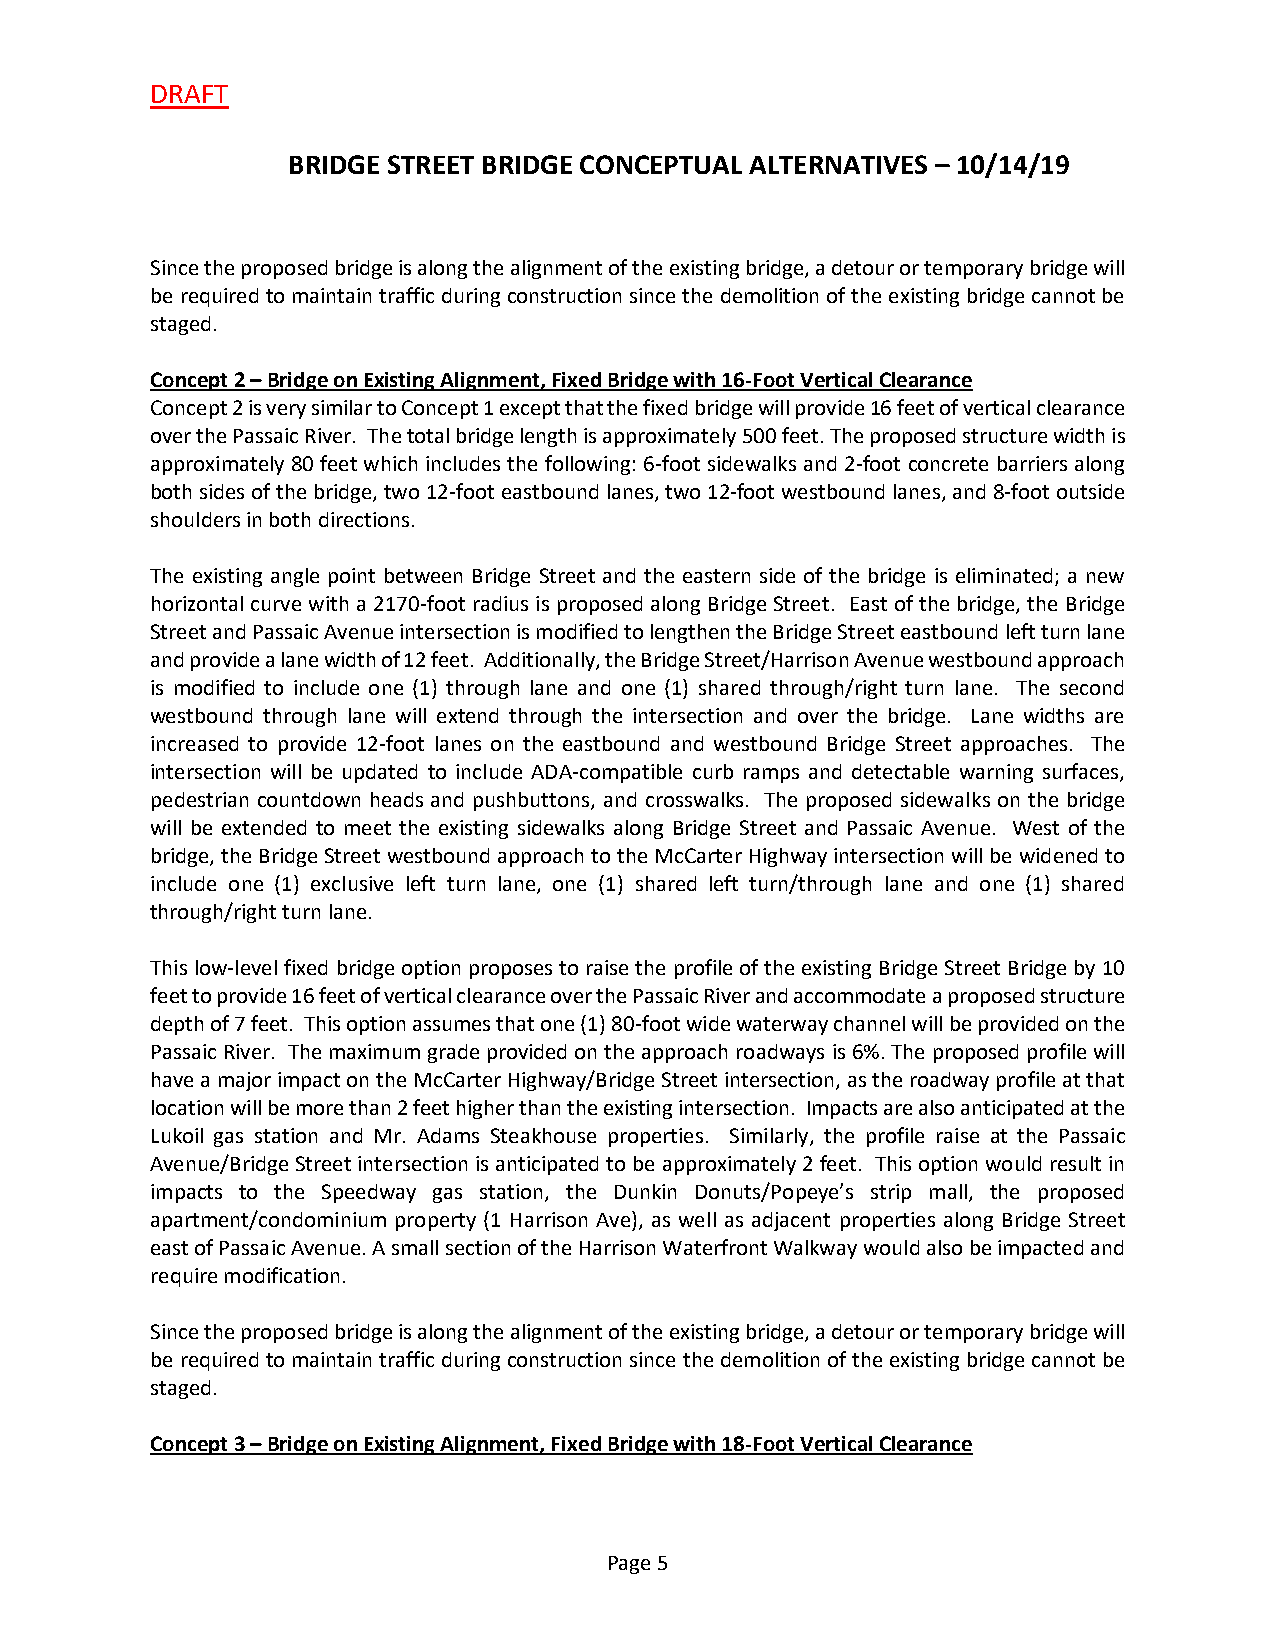
DRAFT
 BRIDGE STREET BRIDGE CONCEPTUAL ALTERNATIVES – 10/14/19
 Since the proposed bridge is along the alignment of the existing bridge, a detour or temporary bridge will
 be required to maintain traffic during construction since the demolition of the existing bridge cannot be
 staged.
 Concept 2 – Bridge on Existing Alignment, Fixed Bridge with 16-Foot Vertical Clearance
 Concept 2 is very similar to Concept 1 except that the fixed bridge will provide 16 feet of vertical clearance
 over the Passaic River. The total bridge length is approximately 500 feet. The proposed structure width is
 approximately 80 feet which includes the following: 6-foot sidewalks and 2-foot concrete barriers along
 both sides of the bridge, two 12-foot eastbound lanes, two 12-foot westbound lanes, and 8-foot outside
 shoulders in both directions.
 The existing angle point between Bridge Street and the eastern side of the bridge is eliminated; a new
 horizontal curve with a 2170-foot radius is proposed along Bridge Street. East of the bridge, the Bridge
 Street and Passaic Avenue intersection is modified to lengthen the Bridge Street eastbound left turn lane
 and provide a lane width of 12 feet. Additionally, the Bridge Street/Harrison Avenue westbound approach
 is modified to include one (1) through lane and one (1) shared through/right turn lane. The second
 westbound through lane will extend through the intersection and over the bridge. Lane widths are
 increased to provide 12-foot lanes on the eastbound and westbound Bridge Street approaches. The
 intersection will be updated to include ADA-compatible curb ramps and detectable warning surfaces,
 pedestrian countdown heads and pushbuttons, and crosswalks. The proposed sidewalks on the bridge
 will be extended to meet the existing sidewalks along Bridge Street and Passaic Avenue. West of the
 bridge, the Bridge Street westbound approach to the McCarter Highway intersection will be widened to
 include one (1) exclusive left turn lane, one (1) shared left turn/through lane and one (1) shared
 through/right turn lane.
 This low-level fixed bridge option proposes to raise the profile of the existing Bridge Street Bridge by 10
 feet to provide 16 feet of vertical clearance over the Passaic River and accommodate a proposed structure
 depth of 7 feet. This option assumes that one (1) 80-foot wide waterway channel will be provided on the
 Passaic River. The maximum grade provided on the approach roadways is 6%. The proposed profile will
 have a major impact on the McCarter Highway/Bridge Street intersection, as the roadway profile at that
 location will be more than 2 feet higher than the existing intersection. Impacts are also anticipated at the
 Lukoil gas station and Mr. Adams Steakhouse properties. Similarly, the profile raise at the Passaic
 Avenue/Bridge Street intersection is anticipated to be approximately 2 feet. This option would result in
 impacts to the Speedway gas station, the Dunkin Donuts/Popeye’s strip mall, the proposed
 apartment/condominium property (1 Harrison Ave), as well as adjacent properties along Bridge Street
 east of Passaic Avenue. A small section of the Harrison Waterfront Walkway would also be impacted and
 require modification.
 Since the proposed bridge is along the alignment of the existing bridge, a detour or temporary bridge will
 be required to maintain traffic during construction since the demolition of the existing bridge cannot be
 staged.
 Concept 3 – Bridge on Existing Alignment, Fixed Bridge with 18-Foot Vertical Clearance
 Page 5